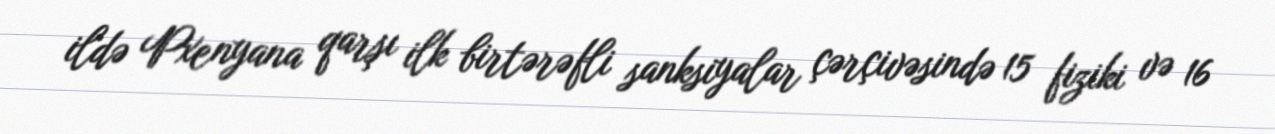
ildə Pxenyana qarşı ilk birtərəfli sanksiyalar çərçivəsində 15 fiziki və 16